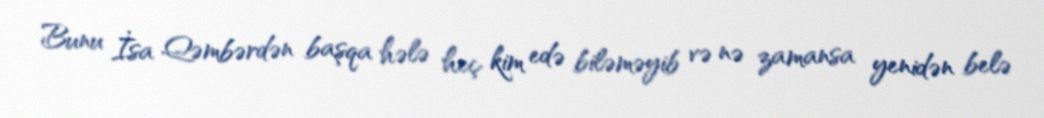
Bunu İsa Qəmbərdən başqa hələ heç kim edə biləməyib və nə zamansa yenidən belə